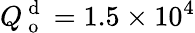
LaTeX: Q_{\mathrm{~o~}}^{\mathrm{~d~}}=1.5\times 10^{4}